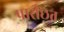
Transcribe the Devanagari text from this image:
पारीछत